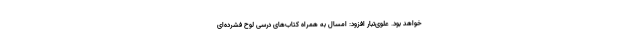
خواهد بود. علوی‌تبار افزود: امسال به همراه کتاب‌های درسی لوح فشرده‌ای